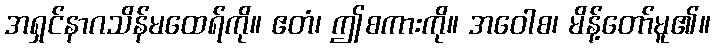
အရှင်နာဂသိန်မထေရ်ကို။ ဧတံ၊ ဤစကားကို။ အဝေါစ၊ မိန့်တော်မူ၏။